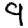
Digit: 9